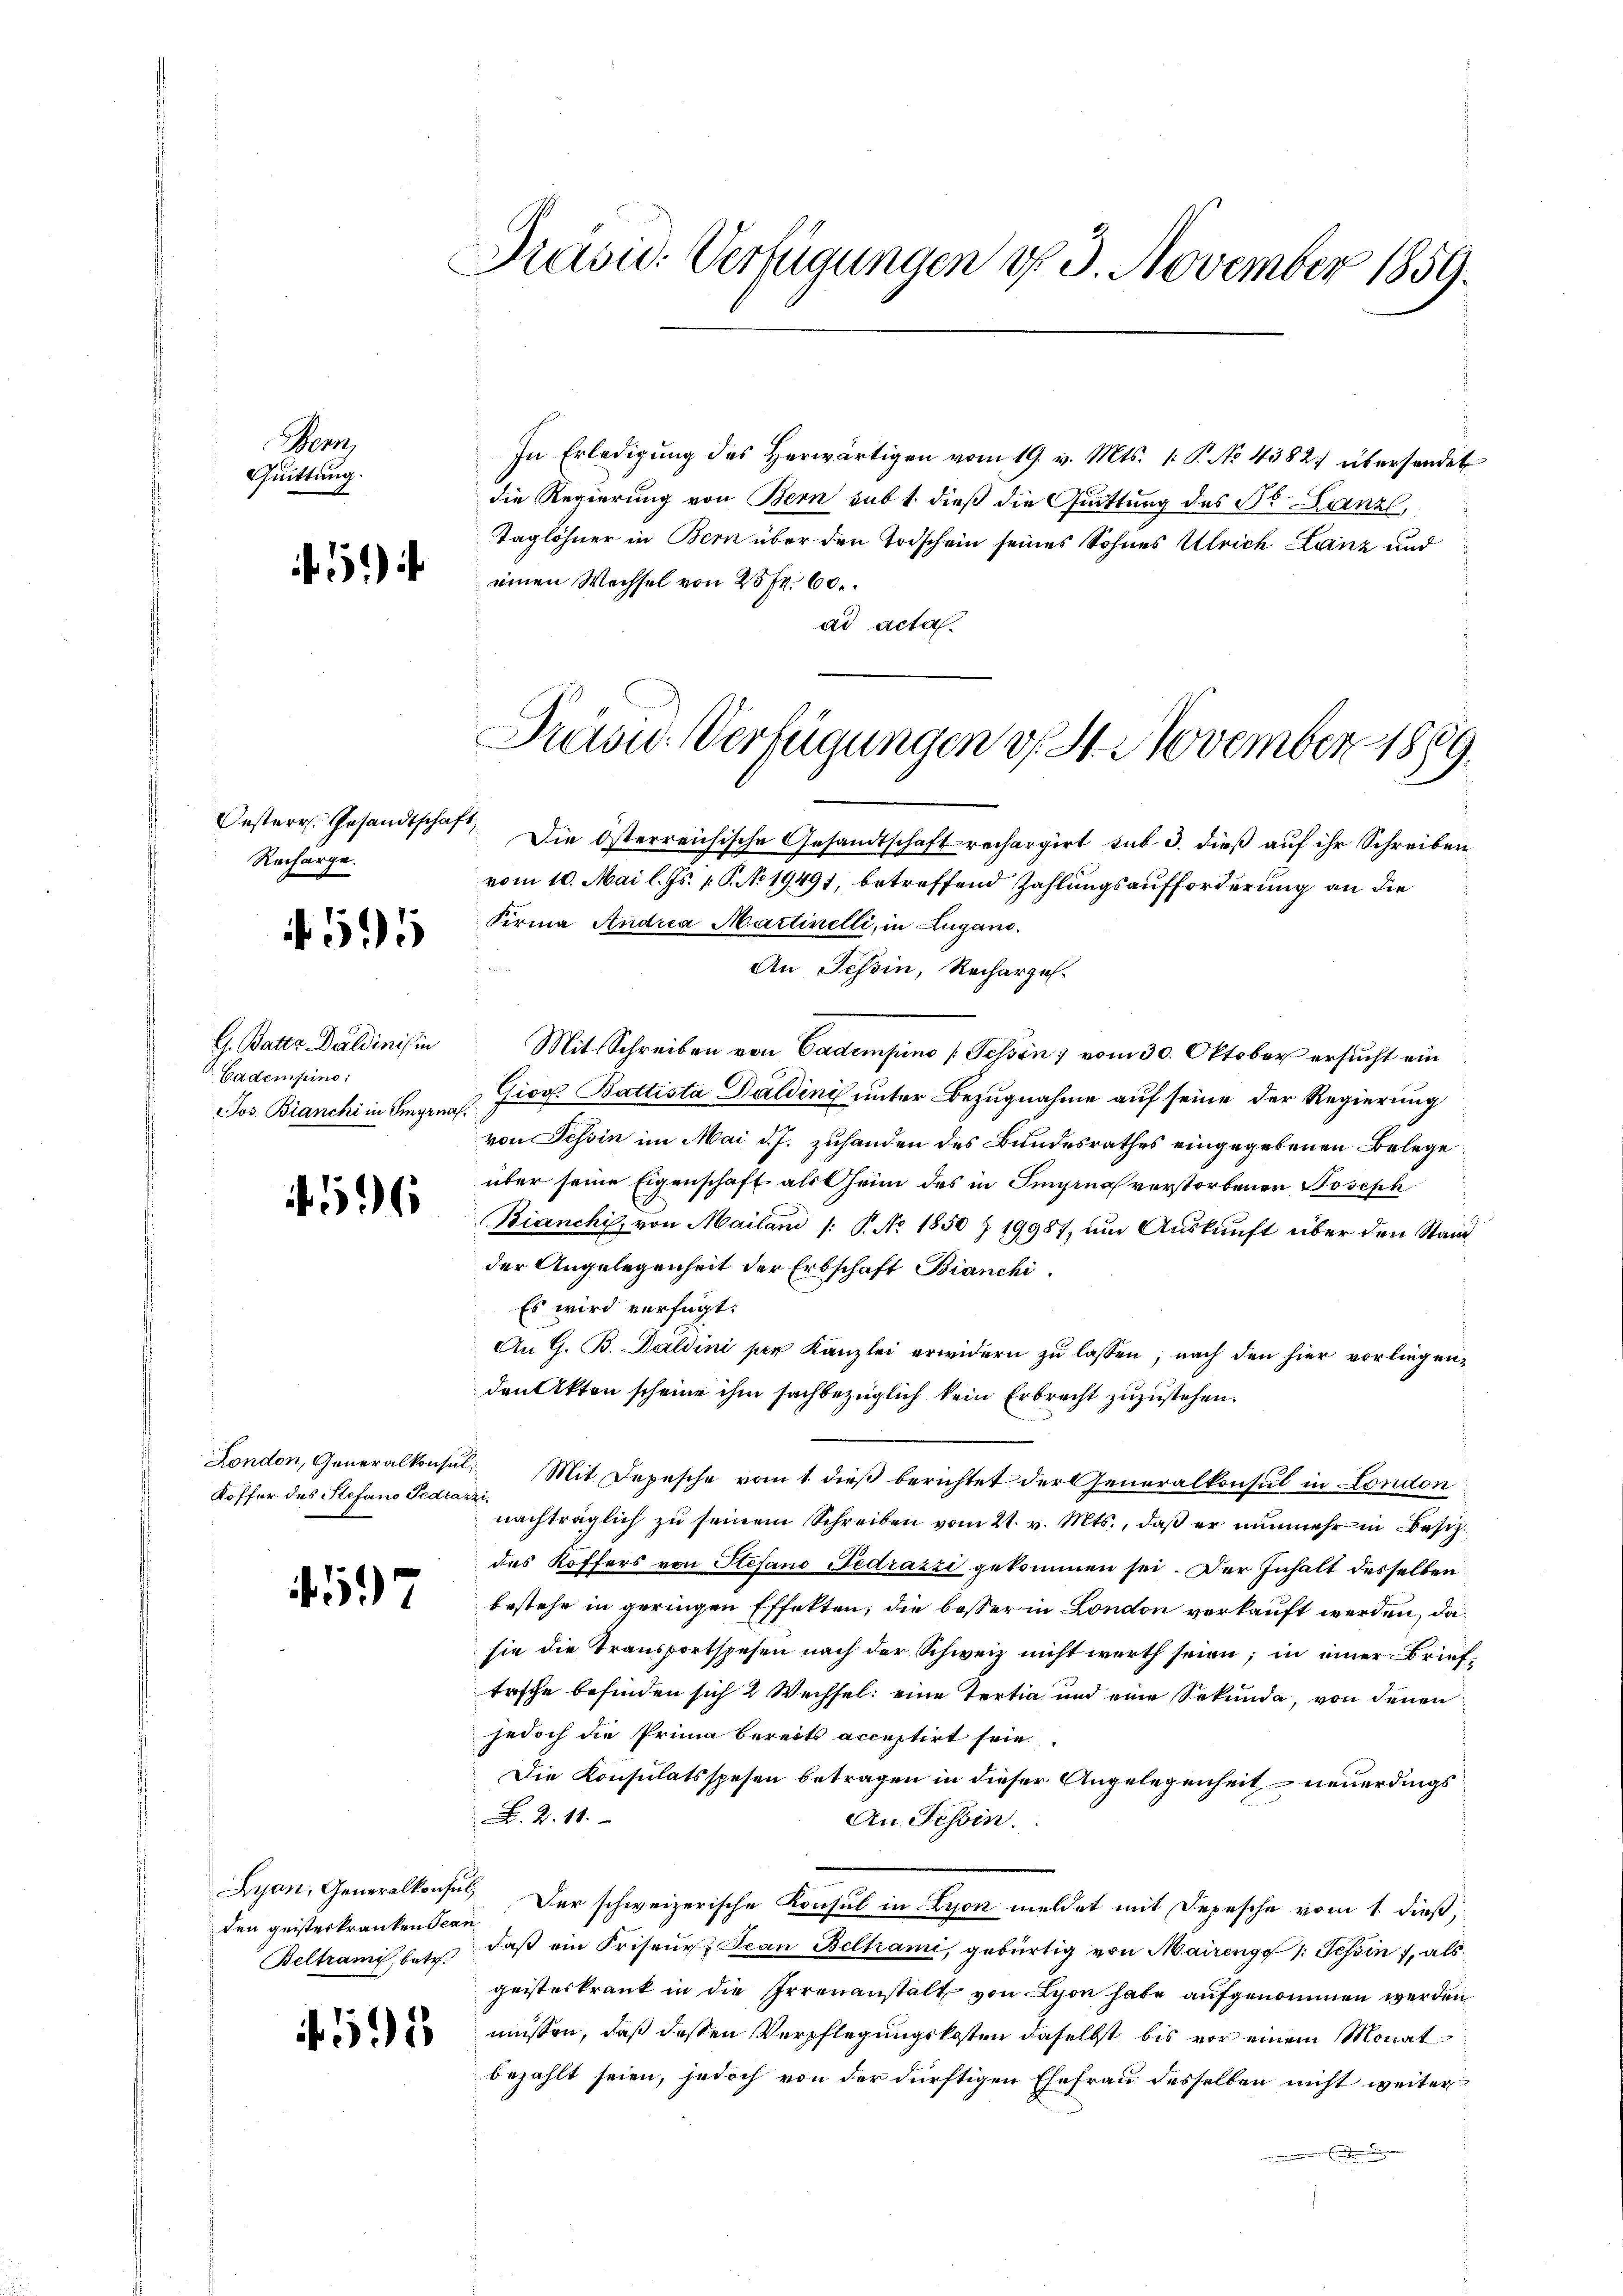
Bern,
Quittung.

Oesterr. Gesandtschaf
Recharge.

595

596

f

G. Batte Daldinis in
Cadempine:
Jos. Branchi in Smyrna.

Lyon, Generalkonfir
den geisteskranken Jean
Beltrami, betr.

if. 191

Drasu. Verfügungen d. 3. November 1859.

In Erledigung des herwärtigen vom 19. v. Mts. 1. P. No. 4382 übersendet
die Regierung von Bern subt dieß die Quittung des Dr. Lanz,
Taglöhner in Bern über den Todschein seines Sohnes Ulrich Lanz und
) einen Wechsel von 20 Fr. 60.
ad acta.

London, Generalkonsul,
Koffer des Stefano Fedraz.

Präsu- Verfügungen v. St. November 1889.

Die Osterreichische Gesandtschaft rechargirt sub 3. dieß auf ihr Schreiben
vom 10. Mai l. Js. v. P. No. 19491, betreffend Zahlungsaufforderung an die
Firma Andria Martinelli, in Lugano.

An Schin, Recharzel.
Mit Schreiben von Cadempino [Schön vom 30. Oktober ersucht ein
Giov. Battista Daldinis unter Bezugnahme auf seine der Regierung
von Tessin im Mai d. J. zuhanden des Bundesrathes eingegebenen Belege
über seine Eigenschaft als Gheim des in Singina verstorbenen Joseph
Bianchi, von Mailand /: P. No 1850 Z 19987, um Auskunft über den Stand
der Angelegenheit der Erbschaft Bianchi
Es wird verfügt:
An G. B. Duldini per Kanzlei erwidern zu lassen, nach den hier vorliegenden Akten scheine ihm sachbezüglich kein Erbrecht zuzustehen.
 Mit Depesche vom 1. dieß berichtet der Generalkonsul in London
nachträglich zu seinem Schreiben vom 21. v. Mts., daß er nunmehr in Besitzdes Koffers von Stefand Fedrazzi gekommen sei. Der Inhalt desselben
bestehe in geringen Effekten, die besser in London verkauft werden, da
sie die Transportspesen nach der Schweiz nicht werth seien; in einer Brieftasche befinden sich 2 Wechsel eine Tertia und eine Sekunda, von denen
jedoch die Prima bereits acceptirt sein
Die Konsulatsspesen betragen in dieser Angelegenheit neuerdings
. Z. 11.
An Tessin.
Der schweizerische Konsul in Lyon meldet mit Depesche vom 1. dieß,
daß ein Kriseur. Jean Beltrami, gebürtig von Maireng /: Tessin, als
geisteskrank in die Irrenanstalt von Lyon habe aufgenommen werden
müssen, daß dessen Verpflegungskosten daselbst bis vor einem Monat
bezahlt seien, jedoch von der dürftigen Ehefrau desselben nicht weiter
.